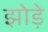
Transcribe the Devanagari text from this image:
झोड़े